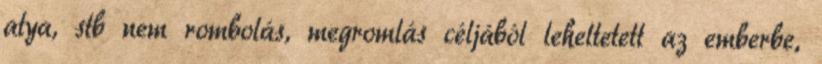
atya, stb nem rombolás, megromlás céljából leheltetett az emberbe,